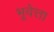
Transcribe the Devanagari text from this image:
भूवेत्ता